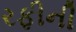
રફીની